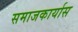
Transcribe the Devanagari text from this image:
समाजकार्यास